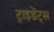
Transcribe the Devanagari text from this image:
ट्राइडेंट्स